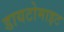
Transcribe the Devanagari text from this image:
डायटोमाइट